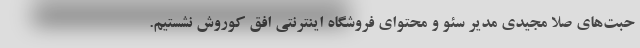
حبت‌های صلا مجیدی مدیر سئو و محتوای فروشگاه اینترنتی افق کوروش نشستیم.